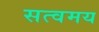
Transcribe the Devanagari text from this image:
सत्वमय